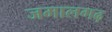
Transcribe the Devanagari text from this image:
जमालगढ़